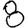
Digit: 8